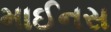
માઈનસ